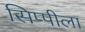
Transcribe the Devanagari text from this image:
सिप्पीला